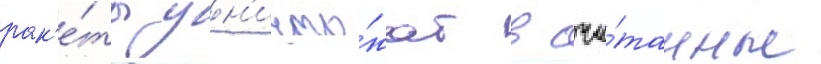
рак'е́ты ун'ичто́жат в счи́танные